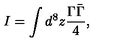
I = \int d ^ { 8 } z \frac { \Gamma \bar { \Gamma } } { 4 } ,